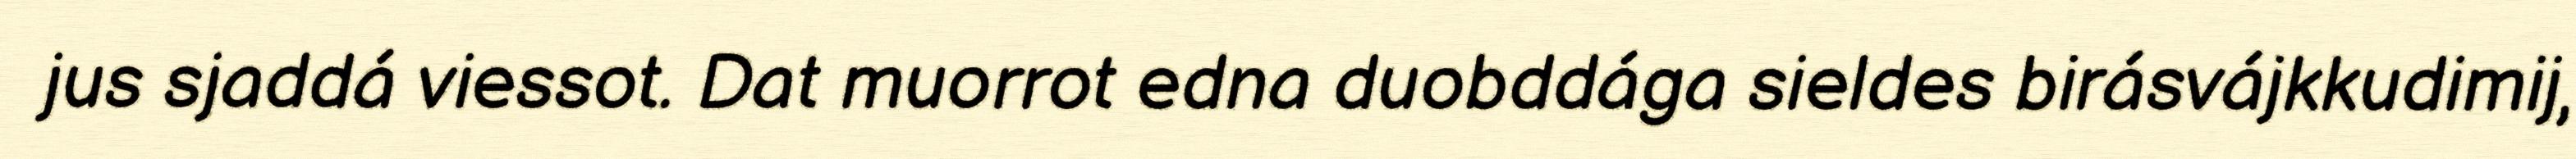
jus sjaddá viessot. Dat muorrot edna duobddága sieldes birásvájkkudimij,